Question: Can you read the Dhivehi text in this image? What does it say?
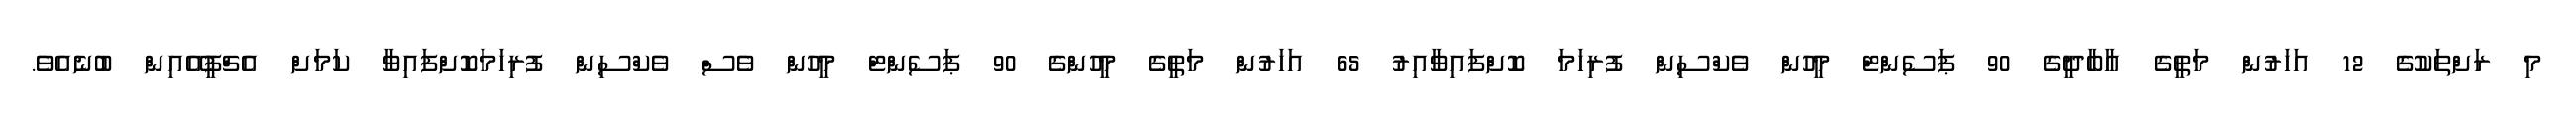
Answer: މި ރަށްތަކުގެ 12 އަހަރުން މަތީގެ އާބާދީގެ 90 ޕަސެންޓް މީހުން ވެކްސިން ފުރިހަމަ ކޮށްފައިވާއިރު 65 އަހަރުން މަތީގެ މީހުންގެ 90 ޕަސެންޓް މީހުން ވެސް ވެކްސިން ފުރިހަމަކޮށްފައިވާ ކަމަށް އެޗްޕީއޭއިން ބުނެއެވެ.